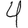
Digit: 4